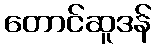
တောင်ဆူဒန်